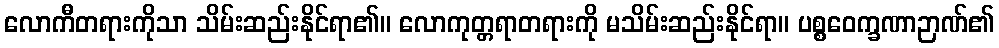
လောကီတရားကိုသာ သိမ်းဆည်းနိုင်ရာ၏။ လောကုတ္တရာတရားကို မသိမ်းဆည်းနိုင်ရာ။ ပစ္စဝေက္ခဏာဉာဏ်၏